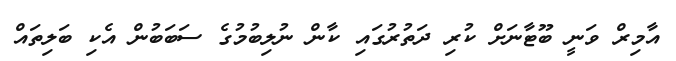
އާމިރް ވަނީ ބޫޓާނަށް ކުރި ދަތުރުގައި ކާން ނުލިބުމުގެ ސަބަބުން އެކި ބަލިތައް